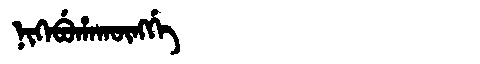
Manchu: ᠨᡳᡴᡝᠪᡠᡥᠠᡴᡡᠩᡤᡝ
Romanization: NIKEBUHAKŪNGGE